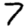
Digit: 7